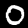
Digit: 0